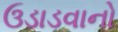
ઉડાડવાનો